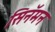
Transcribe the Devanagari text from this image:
सिनॅमन